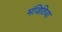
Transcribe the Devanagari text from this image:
मंजिठिया